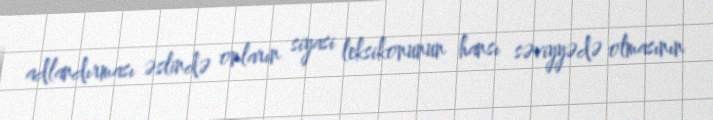
adlandırması əslində onların siyasi leksikonunun hansı səviyyədə olmasının